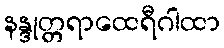
နန္ဒုတ္တရာထေရီဂါထာ